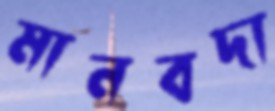
মানবদা